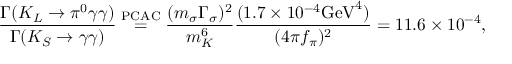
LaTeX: \frac { \Gamma ( K _ { L } \to \pi ^ { 0 } \gamma \gamma ) } { \Gamma ( K _ { S } \to \gamma \gamma ) } \stackrel { \mathrm { P C A C } } { = } \frac { ( m _ { \sigma } \Gamma _ { \sigma } ) ^ { 2 } } { m _ { K } ^ { 6 } } \frac { ( 1 . 7 \times 1 0 ^ { - 4 } \mathrm { G e V } ^ { 4 } ) } { ( 4 \pi f _ { \pi } ) ^ { 2 } } = 1 1 . 6 \times 1 0 ^ { - 4 } ,